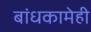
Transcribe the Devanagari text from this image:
बांधकामेही